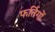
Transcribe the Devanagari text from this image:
फर्तिगों